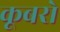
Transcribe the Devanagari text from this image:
कूबरो